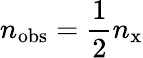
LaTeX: n_{\mathrm{obs}}=\frac 12n_{\mathrm{x}}